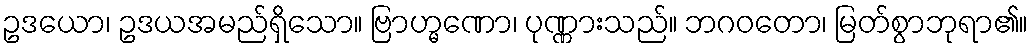
ဥဒယော၊ ဥဒယအမည်ရှိသော။ ဗြာဟ္မဏော၊ ပုဏ္ဏားသည်။ ဘဂဝတော၊ မြတ်စွာဘုရာ၏။